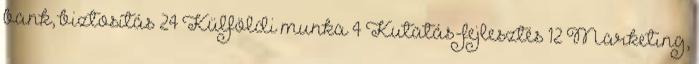
bank, biztosítás 24 Külföldi munka 4 Kutatás-fejlesztés 12 Marketing,